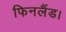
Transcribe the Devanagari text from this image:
फिनलैंड।